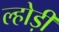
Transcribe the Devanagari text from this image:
ल्होड़ी